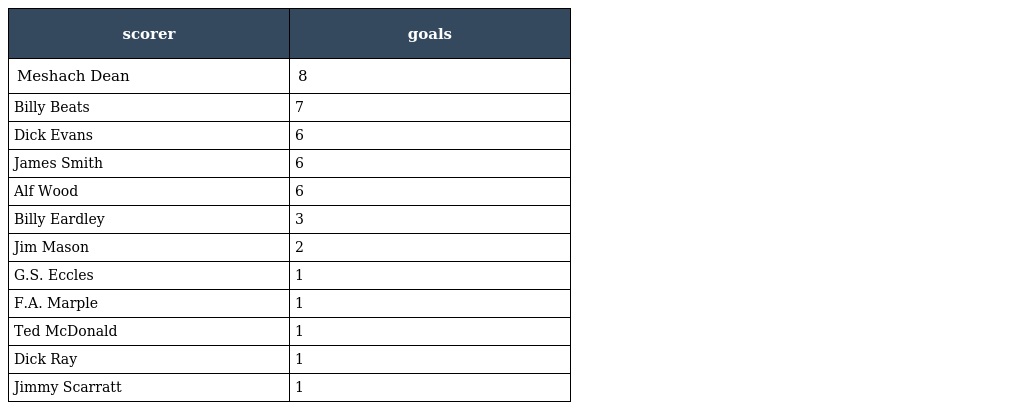
| scorer | goals |
 | --- | --- |
 | Meshach Dean | 8 |
 | Billy Beats | 7 |
 | Dick Evans | 6 |
 | James Smith | 6 |
 | Alf Wood | 6 |
 | Billy Eardley | 3 |
 | Jim Mason | 2 |
 | G.S. Eccles | 1 |
 | F.A. Marple | 1 |
 | Ted McDonald | 1 |
 | Dick Ray | 1 |
 | Jimmy Scarratt | 1 |